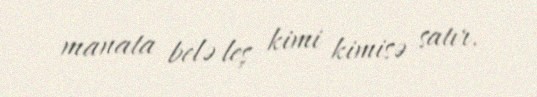
manata belə leş kimi kimisə satır.